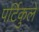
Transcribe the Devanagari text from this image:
पर्टिकुले